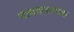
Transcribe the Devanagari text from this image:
वाचकसापेक्ष